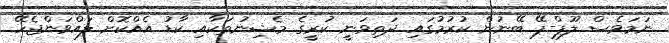
ނަމަވެސް ލޫޕް-ޕޭ ބޭނުން ކުރުމުގައި ދަތިވަނީ ކުރީގެ މެޝިނުތަކާއި ކާޑު އެއްކޮށް ލައްވަންޖެހޭ